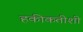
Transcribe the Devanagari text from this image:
हकीकतीशी